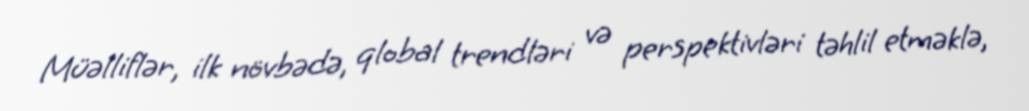
Müəlliflər, ilk növbədə, qlobal trendləri və perspektivləri təhlil etməklə,